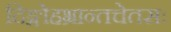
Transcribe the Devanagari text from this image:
दिङ्मोहभ्रान्तचेतसः